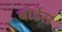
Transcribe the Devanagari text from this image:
बोर्डेस